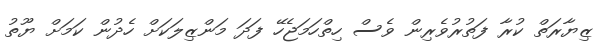
ޒިޔާރަތް ކުރާ ފަތުރުވެރިން ވެސް ހިތްހަމަޖެހޭ ފަދަ މަންޒިލަކަށް ހެދުން ކަމަށް ޔޫތު